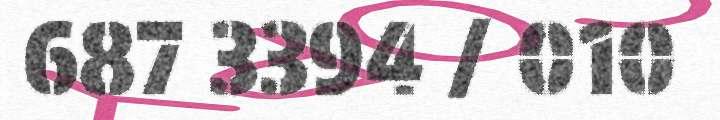
687 3394 / 010